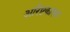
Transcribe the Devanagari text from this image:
अरिष्टकारक